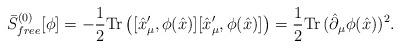
LaTeX: \begin{align*}\bar{S}^{(0)}_{free}[\phi]=-{1\over2}\mathrm{Tr}\left([\hat{x}_\mu^\prime, \phi(\hat{x})][\hat{x}^\prime_\mu,\phi(\hat{x})]\right) ={1\over2}\mathrm{Tr}\,(\hat{\partial}_\mu\phi(\hat{x}))^2.\end{align*}